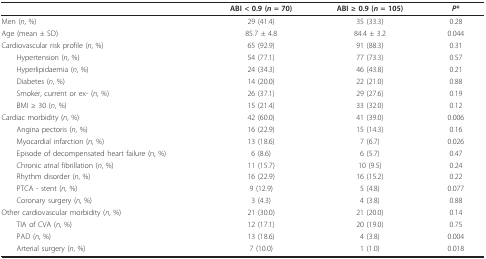
<table><thead><tr><td></td><td><b>ABI &lt; 0.9 (<i>n </i>= 70)</b></td><td><b>ABI ≥ 0.9 (<i>n </i>= 105)</b></td><td><b><i>P</i>*</b></td></tr></thead><tbody><tr><td>Men (<i>n</i>, %)</td><td>29 (41.4)</td><td>35 (33.3)</td><td>0.28</td></tr><tr><td>Age (mean ± SD)</td><td>85.7 ± 4.8</td><td>84.4 ± 3.2</td><td>0.044</td></tr><tr><td>Cardiovascular risk profile (<i>n</i>, %)</td><td>65 (92.9)</td><td>91 (88.3)</td><td>0.31</td></tr><tr><td> Hypertension (<i>n</i>, %)</td><td>54 (77.1)</td><td>77 (73.3)</td><td>0.57</td></tr><tr><td> Hyperlipidaemia (<i>n</i>, %)</td><td>24 (34.3)</td><td>46 (43.8)</td><td>0.21</td></tr><tr><td> Diabetes (<i>n</i>, %)</td><td>14 (20.0)</td><td>22 (21.0)</td><td>0.88</td></tr><tr><td> Smoker, current or ex- (<i>n</i>, %)</td><td>26 (37.1)</td><td>29 (27.6)</td><td>0.19</td></tr><tr><td> BMI ≥ 30 (<i>n</i>, %)</td><td>15 (21.4)</td><td>33 (32.0)</td><td>0.12</td></tr><tr><td>Cardiac morbidity (<i>n</i>, %)</td><td>42 (60.0)</td><td>41 (39.0)</td><td>0.006</td></tr><tr><td> Angina pectoris (<i>n</i>, %)</td><td>16 (22.9)</td><td>15 (14.3)</td><td>0.16</td></tr><tr><td> Myocardial infarction (<i>n</i>, %)</td><td>13 (18.6)</td><td>7 (6.7)</td><td>0.026</td></tr><tr><td> Episode of decompensated heart failure (n, %)</td><td>6 (8.6)</td><td>6 (5.7)</td><td>0.47</td></tr><tr><td> Chronic atrial fibrillation (<i>n</i>, %)</td><td>11 (15.7)</td><td>10 (9.5)</td><td>0.24</td></tr><tr><td> Rhythm disorder (<i>n</i>, %)</td><td>16 (22.9)</td><td>16 (15.2)</td><td>0.22</td></tr><tr><td> PTCA - stent (<i>n</i>, %)</td><td>9 (12.9)</td><td>5 (4.8)</td><td>0.077</td></tr><tr><td> Coronary surgery (<i>n</i>, %)</td><td>3 (4.3)</td><td>4 (3.8)</td><td>0.88</td></tr><tr><td>Other cardiovascular morbidity (<i>n</i>, %)</td><td>21 (30.0)</td><td>21 (20.0)</td><td>0.14</td></tr><tr><td> TIA of CVA (<i>n</i>, %)</td><td>12 (17.1)</td><td>20 (19.0)</td><td>0.75</td></tr><tr><td> PAD (<i>n</i>, %)</td><td>13 (18.6)</td><td>4 (3.8)</td><td>0.004</td></tr><tr><td> Arterial surgery (<i>n</i>, %)</td><td>7 (10.0)</td><td>1 (1.0)</td><td>0.018</td></tr></tbody></table>